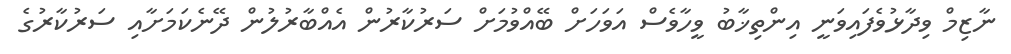
ނާޒިމް ވިދާޅުވެފައިވަނީ އިންތިޚާބު ވީހާވެސް އަވަހަށް ބޭއްވުމަށް ސަރުކާރުން އެއްބާރުލުން ދޭނެކަމަށާއި ސަރުކާރުގެ